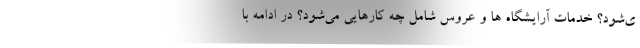
ی‌شود؟ خدمات آرایشگاه ها و عروس شامل چه کارهایی می‌شود؟ در ادامه با